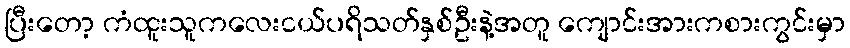
ပြီးတော့ ကံထူးသူကလေးငယ်ပရိသတ်နှစ်ဦးနဲ့အတူ ကျောင်းအားကစားကွင်းမှာ